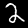
Label: 2